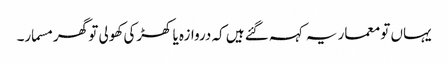
یہاں تو معمار یہ کہہ گئے ہیں کہ دروازہ یا کھڑکی کھولی تو گھر مسمار۔